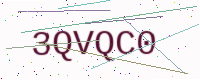
Text: 3QVQC0